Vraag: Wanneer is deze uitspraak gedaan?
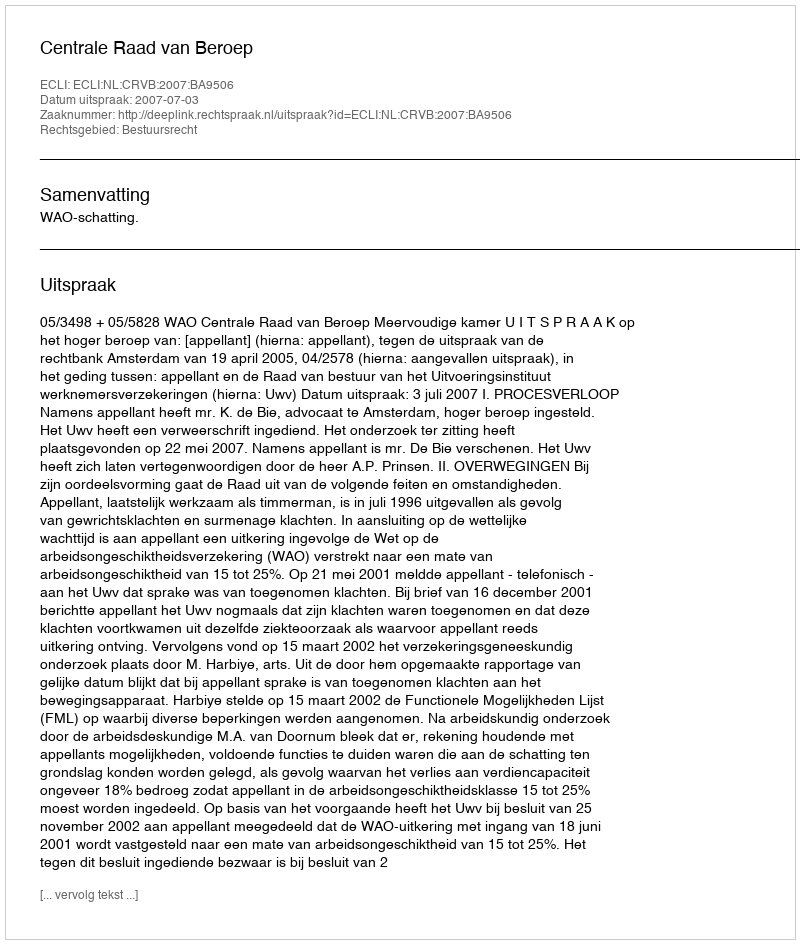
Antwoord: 2007-07-03